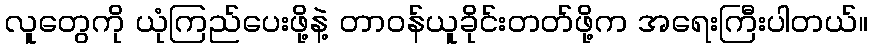
လူတွေကို ယုံကြည်ပေးဖို့နဲ့ တာဝန်ယူခိုင်းတတ်ဖို့က အရေးကြီးပါတယ်။